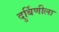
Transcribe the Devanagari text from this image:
दुर्बिणीला